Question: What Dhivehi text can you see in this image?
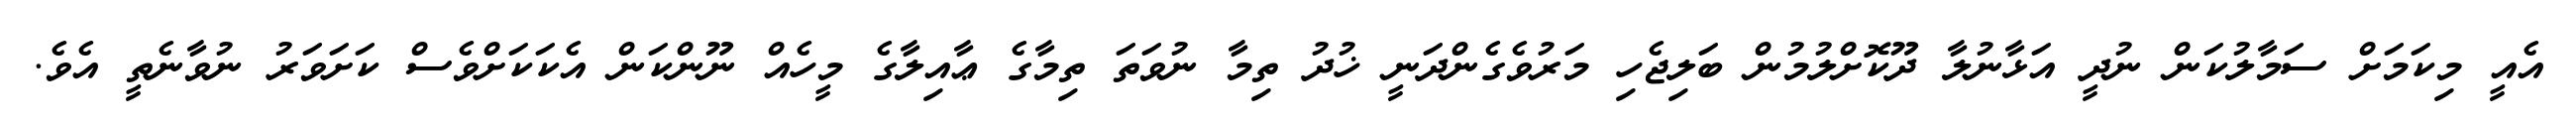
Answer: އެއީ މިކަމަށް ސަމާލުކަން ނުދީ އަޅާނުލާ ދޫކޮށްލުމުން ބަލިޖެހި މަރުވެގެންދަނީ ޚުދު ތިމާ ނުވަތަ ތިމާގެ ޢާއިލާގެ މީހެއް ނޫންކަން އެކަކަށްވެސް ކަށަވަރު ނުވާނެތީ އެވެ.